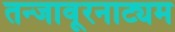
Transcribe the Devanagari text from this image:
तन्‍जावूरनाट्यम